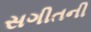
સગીતની